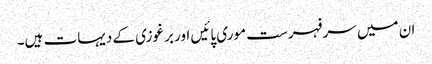
ان میں سرفہرست موری پائیں اور برغوزی کے دیہات ہیں۔